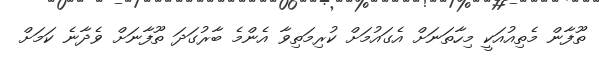
ތޫފާން މެތިއުއަކީ މިހާތަނަށް އެގައުމަށް ކުރިމަތިވާ އެންމެ ބާރުގަދަ ތޫފާނަށް ވެދާނެ ކަމަށް